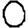
Digit: 0